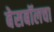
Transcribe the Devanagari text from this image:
बेसबॉलचा